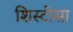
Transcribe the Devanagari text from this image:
शिस्टोसा